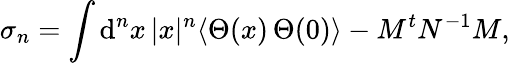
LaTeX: \sigma_{n}=\int\mathrm{d}^{n}x\, |x|^{n}\langle\Theta(x)\, \Theta(0)\rangle-M^{t}N^{-1}M,